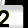
Digit: 2